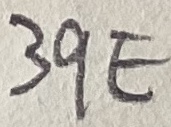
Text: 39E